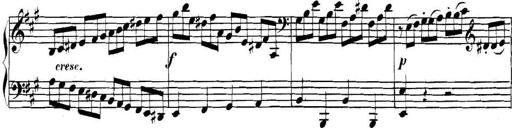
Title: Collected Piano Sonatas
Composer: Muzio Clementi